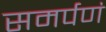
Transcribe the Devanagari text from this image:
समर्पणं